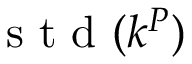
\mathrm { ~ s ~ t ~ d ~ } ( k ^ { P } )